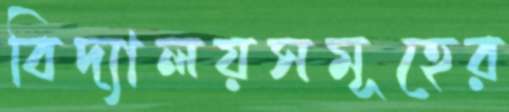
বিদ্যালয়সমূহের